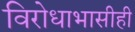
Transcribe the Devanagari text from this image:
विरोधाभासीही